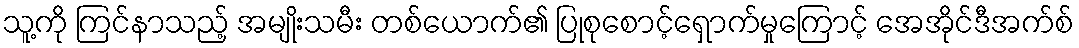
သူ့ကို ကြင်နာသည့် အမျိုးသမီး တစ်ယောက်၏ ပြုစုစောင့်ရှောက်မှုကြောင့် အေအိုင်ဒီအက်စ်